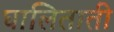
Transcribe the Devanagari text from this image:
घालिताती